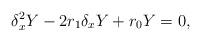
LaTeX: \begin{align*}\delta_x^2Y-2r_1\delta_xY+r_0Y=0,\end{align*}